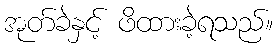
အုတ်ခဲနှင့် ဖိထားခဲ့ရသည်။